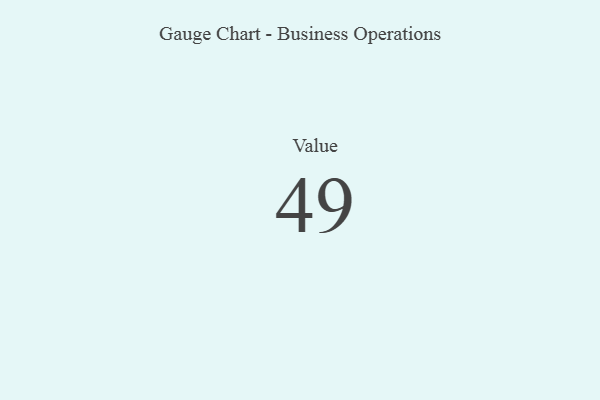
{"axis": {"x": "Metric", "y": "Value"}, "legend": [""], "data": [{"x": "Value", "y": 49, "type": ""}]}